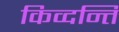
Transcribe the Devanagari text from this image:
किव्दन्ति